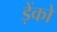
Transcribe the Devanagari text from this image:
ड़ेंको